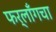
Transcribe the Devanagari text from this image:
फर्लाँगचा